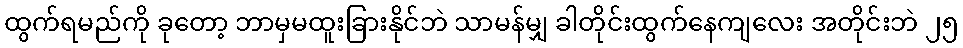
ထွက်ရမည်ကို ခုတော့ ဘာမှမထူးခြားနိုင်ဘဲ သာမန်မျှ ခါတိုင်းထွက်နေကျလေး အတိုင်းဘဲ ၂၅